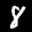
Label: 8